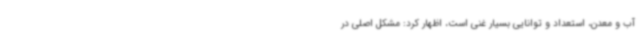
آب و معدن، استعداد و توانایی بسیار غنی است، اظهار کرد: مشکل اصلی در